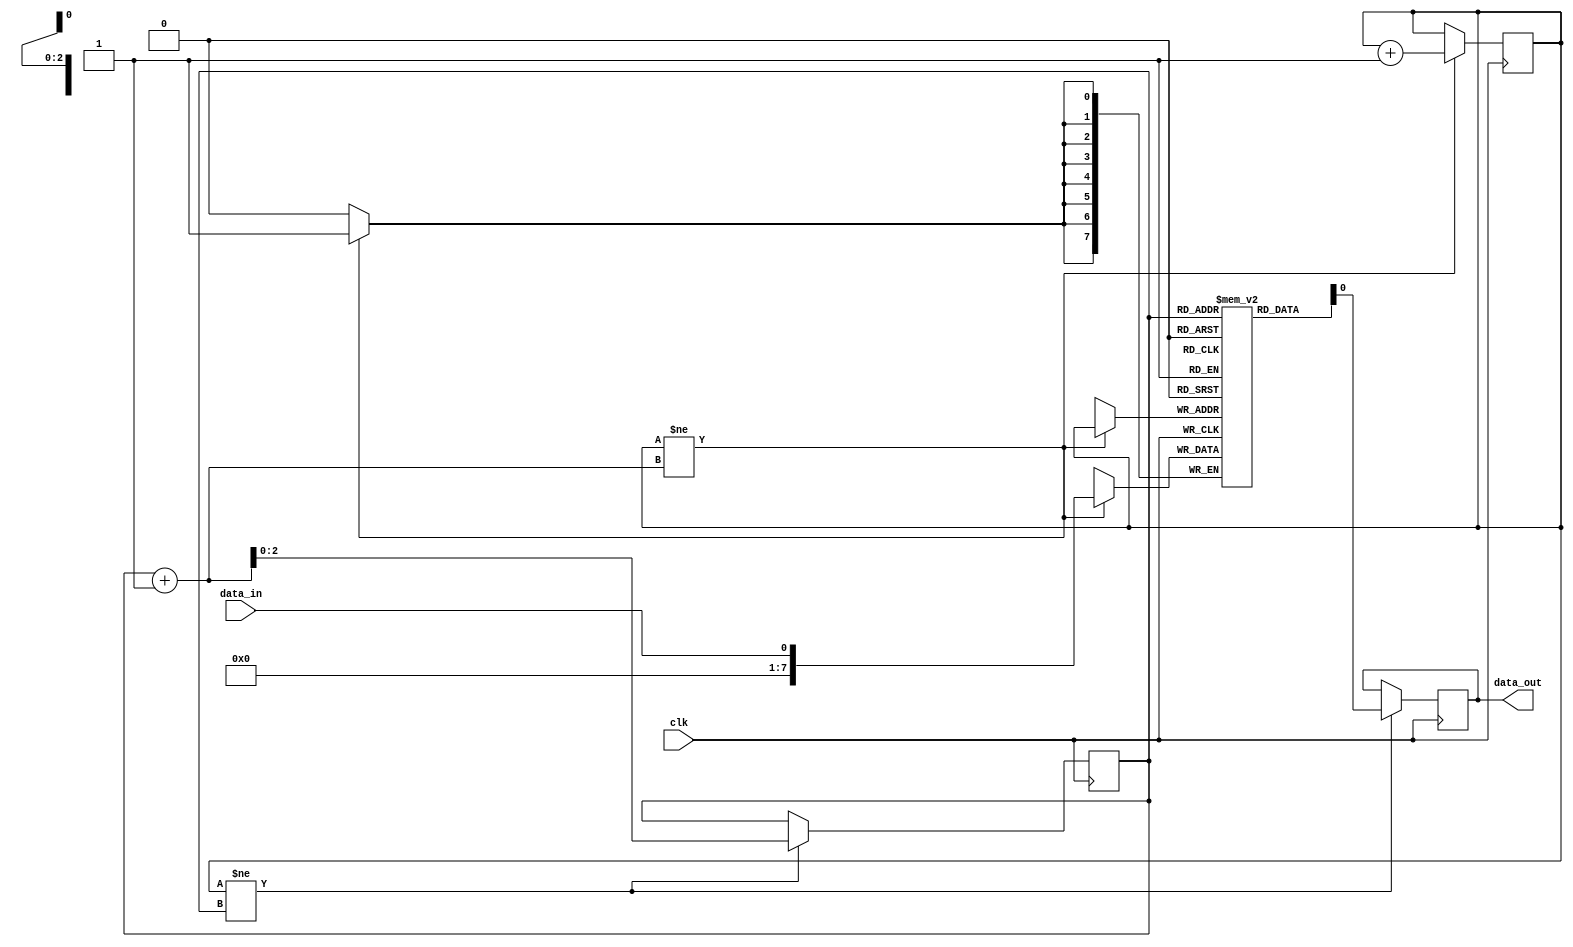
module fifo_buffer (
  input wire clk,
  input wire data_in,
  output wire data_out
);

  parameter DEPTH = 8;
  reg [7:0] memory [0:DEPTH-1];
  reg [2:0] write_ptr = 0;
  reg [2:0] read_ptr = 0;

  always @(posedge clk) begin
    if (write_ptr != read_ptr + 1) begin
      memory[write_ptr] <= data_in;
      write_ptr <= write_ptr + 1;
    end
  end

  always @(posedge clk) begin
    if (write_ptr != read_ptr) begin
      data_out <= memory[read_ptr];
      read_ptr <= read_ptr + 1;
    end
  end

endmodule